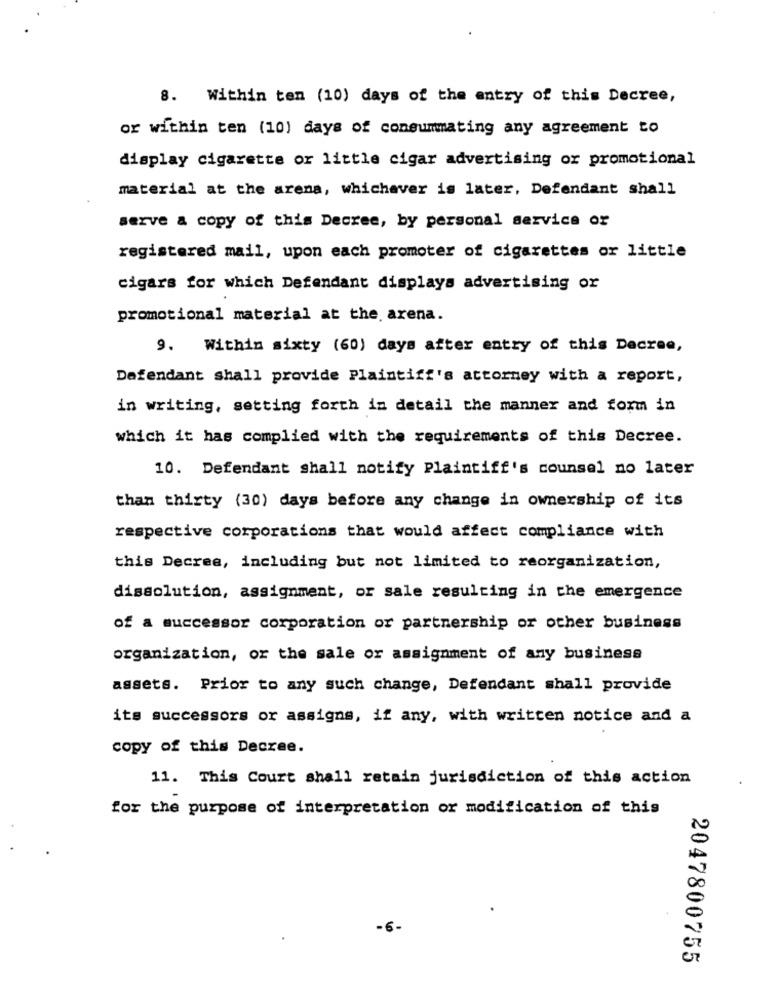
8. Within ten (10) days of the entry of this Decree,
or within ten (10) days of consummating any agreement to
display cigarette or little cigar advertising or promotional
material at the arena, whichever is later, Defendant shall
serve a copy of this Decree, by personal service or
registered mail, upon each promoter of cigarettes or little
cigars for which Defendant displays advertising or
promotional material at the arena.
9.
Within sixty (60) days after entry of this Decree,
Defendant shall provide Plaintiff's attorney with a report,
in writing, setting forth in detail the manner and form in
which it has complied with the requirements of this Decree.
10. Defendant shall notify Plaintiff's counsel no later
than thirty (30) days before any change in ownership of its
respective corporations that would affect compliance with
this Decree, including but not limited to reorganization,
dissolution, assignment, or sale resulting in the emergence
of a successor corporation or partnership or other business
organization, or the sale or assignment of any business
assets. Prior to any such change, Defendant shall provide
its successors or assigns, if any, with written notice and a
copy of this Decree.
11. This Court shall retain jurisdiction of this action
for the purpose of interpretation or modification of this
2047800755